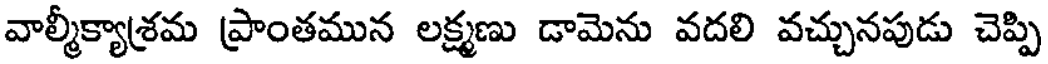
వాల్మీక్యాశ్రమ ప్రాంతమున లక్ష్మణు డామెను వదలి వచ్చునపుడు చెప్పి